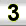
Digit: 3